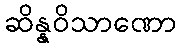
ဆိန္နဝိသာဏော